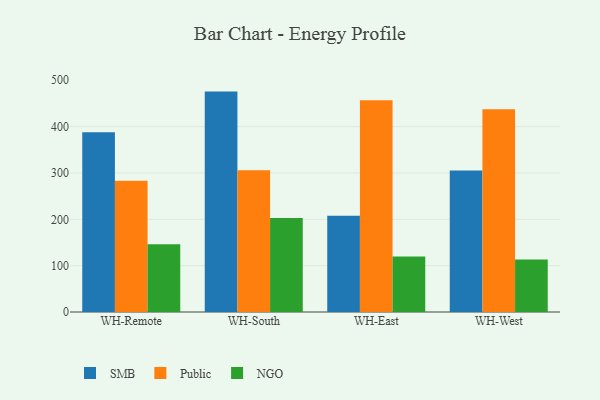
{"axis": {"x": "Warehouse", "y": "Page Views"}, "legend": ["NGO", "Public", "SMB"], "data": [{"x": "WH-Remote", "y": 388.1, "type": "SMB"}, {"x": "WH-Remote", "y": 283.3, "type": "Public"}, {"x": "WH-Remote", "y": 146.2, "type": "NGO"}, {"x": "WH-South", "y": 475.6, "type": "SMB"}, {"x": "WH-South", "y": 305.8, "type": "Public"}, {"x": "WH-South", "y": 202.9, "type": "NGO"}, {"x": "WH-East", "y": 207.7, "type": "SMB"}, {"x": "WH-East", "y": 457.1, "type": "Public"}, {"x": "WH-East", "y": 119.9, "type": "NGO"}, {"x": "WH-West", "y": 305.6, "type": "SMB"}, {"x": "WH-West", "y": 437.7, "type": "Public"}, {"x": "WH-West", "y": 113.5, "type": "NGO"}]}